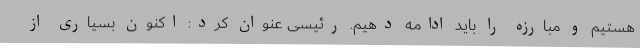
هستیم و مبارزه را باید ادامه دهیم. رئیسی عنوان کرد: اکنون بسیاری از